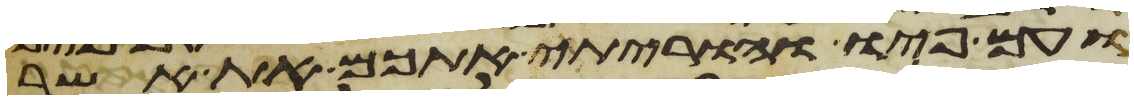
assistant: ועם פיו והוריתי אתכם את אשר